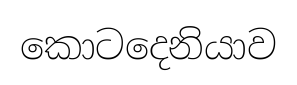
කොටදෙනියාව